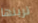
ترينها